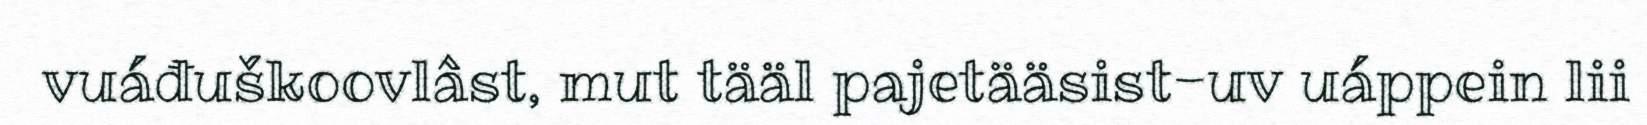
vuáđuškoovlâst, mut tääl pajetääsist-uv uáppein lii